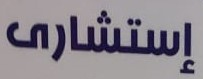
إستشارى